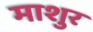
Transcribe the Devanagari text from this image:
माशुर